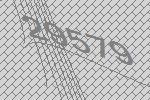
29579